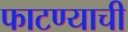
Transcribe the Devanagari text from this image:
फाटण्याची